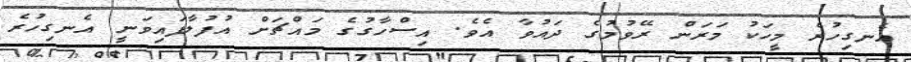
އެނގިހުރެ މީހަކު މަރަން ރޭވުމުގެ ދައުވާ އެވެ. އިސްހާގުގެ މައްޗަށް އުފުލާފައިވަނީ އެނގިހުރެ